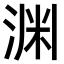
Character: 渊